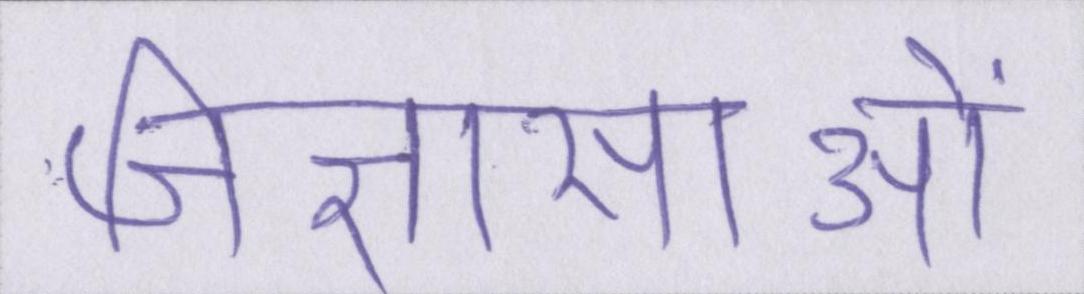
जिज्ञासाओं